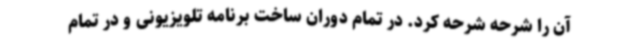
آن را شرحه شرحه کرد. در تمام دوران ساخت برنامه تلویزیونی و در تمام